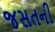
જસતની